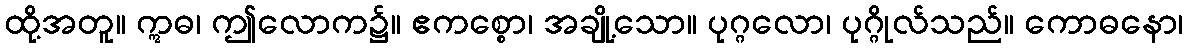
ထို့အတူ။ ဣဓ၊ ဤလောက၌။ ဧကစ္စော၊ အချို့သော။ ပုဂ္ဂလော၊ ပုဂ္ဂိုလ်သည်။ ကောဓနော၊